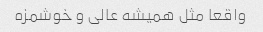
واقعا مثل همیشه عالی و خوشمزه